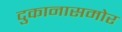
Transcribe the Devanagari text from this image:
दुकानासमोर